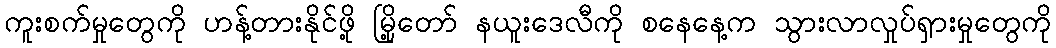
ကူးစက်မှုတွေကို ဟန့်တားနိုင်ဖို့ မြို့တော် နယူးဒေလီကို စနေနေ့က သွားလာလှုပ်ရှားမှုတွေကို